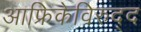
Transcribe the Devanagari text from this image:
आफ्रिकेविरुद्द